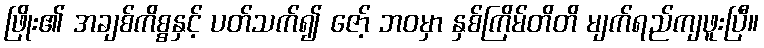
ဖြိုး၏ အချစ်ကိစ္စနှင့် ပတ်သက်၍ ဇော့် ဘဝမှာ နှစ်ကြိမ်တိတိ မျက်ရည်ကျဖူးပြီ။